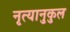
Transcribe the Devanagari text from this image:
नृत्यानुकुल